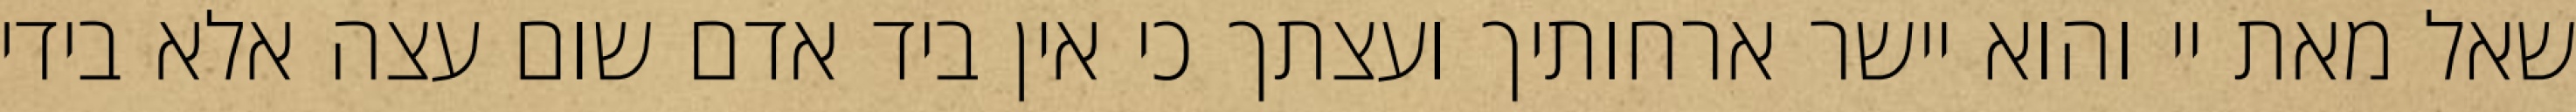
שאל מאת יי והוא יישר ארחותיך ועצתך כי אין ביד אדם שום עצה אלא בידי